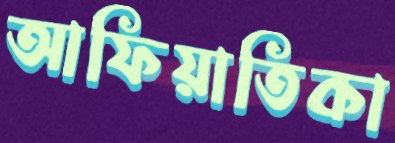
আফিয়াতিকা